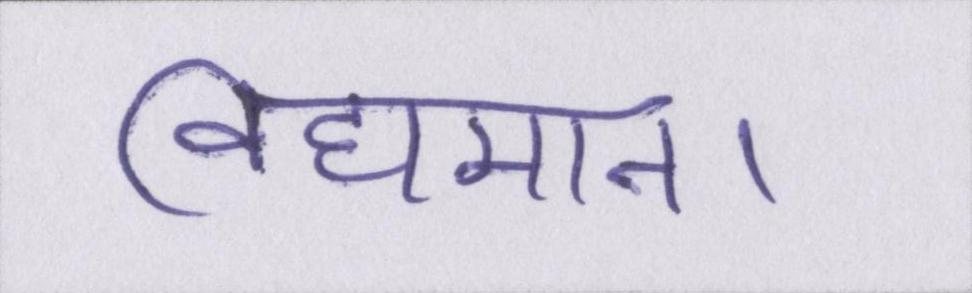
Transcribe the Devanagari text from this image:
विद्यमान।